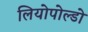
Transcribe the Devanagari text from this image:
लियोपोल्डो